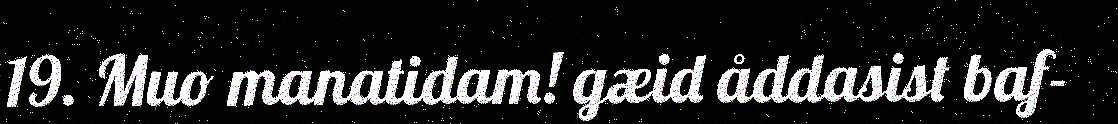
19. Muo manatidam! gæid åddasist baf-